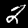
Label: 2